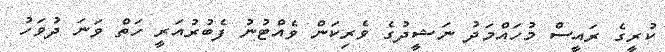
ކުރީގެ ރައީސް މުހައްމަދު ނަޝީދުގެ ވެރިކަން ވެއްޓުނު ފެބުރުއަރީ ހަތް ވަނަ ދުވަހު